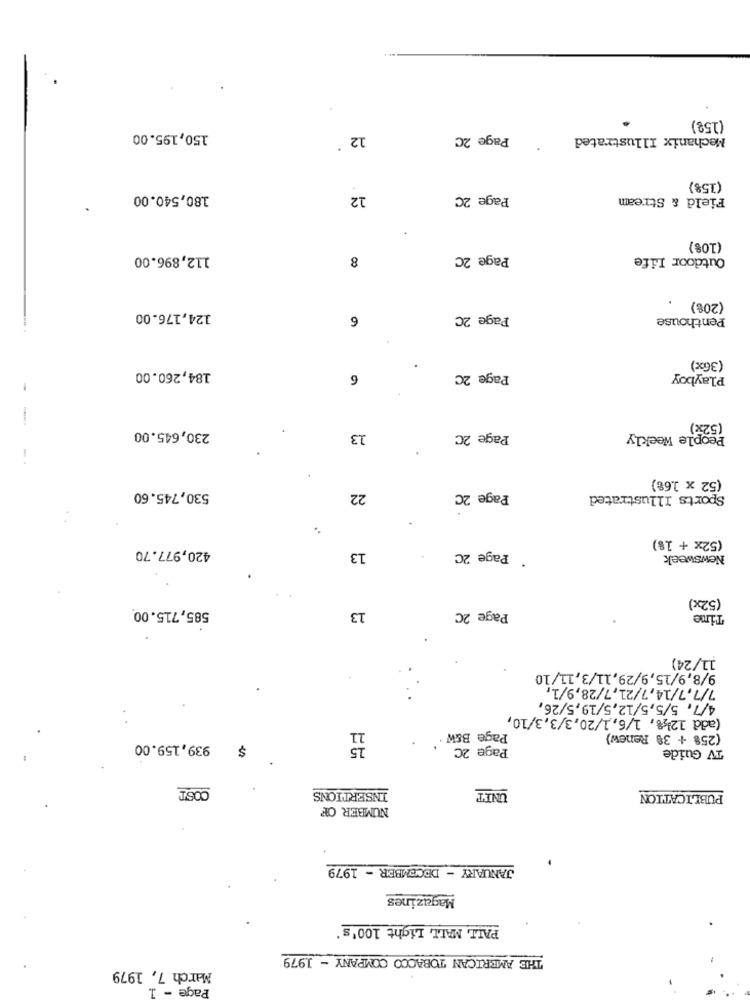
(15%)
150,195.00
Page 2C
Mechanix Illustrated
12
(15%)
180,540.00
12
Page 2C
Field & Stream
(10%)
112,896.00
8
Page 2C
Outdoor Life
(20%)
124,176.00
6
Page 2C
Penthouse
(36x)
184,260.00
6
Page 2C
Playboy
(52x)
230,645.00
13
Page 2C
People Weekly
(52 x 1.6%)
530,745.60
22
Page 2C
Sports Illustrated
(52x + 1%)
420,977.70
13
* Page 2C
Newsweek
(52x)
585,715.00.
13
Page 2C
Time
11/24)
9/8,9/15,9/29,11/3,11/10
7/7,7/14, 7/21, 7/28,9/1,
4/7. 5/5,5/12,5/19,5/26,
(add 121%, 1/6, 1/20,3/3,3/10,
Page B&W .
(25% + 38 Renew)
939,159.00
$
Page 2C
TV Guide
COST
UNIT
INSERTIONS
PUBLICATION
NUMBER OF
JANUARY - DECEMBER - 1979
Magazines
PALL MALL Light 100's'
THE AMERICAN TOBACCO COMPANY - 1979
March 7, 1979
Page - 1.